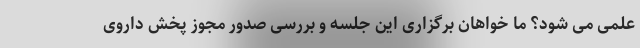
علمی می شود؟ ما خواهان برگزاری این جلسه و بررسی صدور مجوز پخش داروی